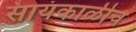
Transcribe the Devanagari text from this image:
सायंकाळीच